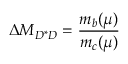
\Delta M _ { D ^ { * } D } = { \frac { m _ { b } ( \mu ) } { m _ { c } ( \mu ) } }